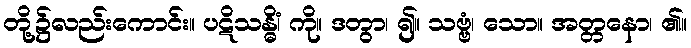
တို့၌လည်းကောင်း။ ပဋိသန္ဓိံ၊ ကို။ ဒတွာ၊ ၍။ သဗ္ဗံ၊ သော။ အတ္တနော၊ ၏။